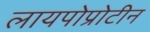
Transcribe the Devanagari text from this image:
लायपोप्रोटीन